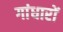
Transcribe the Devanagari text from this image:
गांधारों